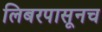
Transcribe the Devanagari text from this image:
लिबरपासूनच